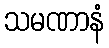
သမဏာနံ